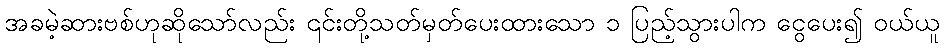
အခမဲ့ဆားဗစ်ဟုဆိုသော်လည်း ၎င်းတို့သတ်မှတ်ပေးထားသော ၁ ပြည့်သွားပါက ငွေပေး၍ ဝယ်ယူ